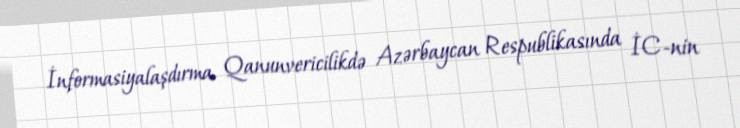
İnformasiyalaşdırma Qanunvericilikdə Azərbaycan Respublikasında İC-nin